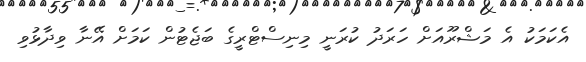
އެކަމަކު އެ މަޝްރޫއަށް ހަރަދު ކުރަނީ މިނިސްޓްރީގެ ބަޖެޓުން ކަމަށް އޭނާ ވިދާޅުވި